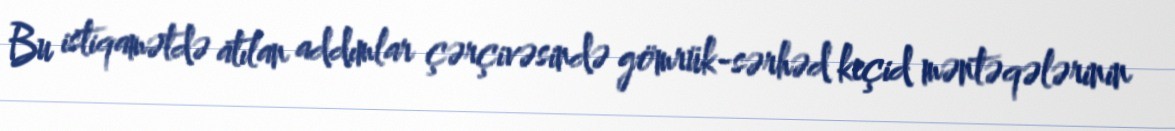
Bu istiqamətdə atılan addımlar çərçivəsində gömrük-sərhəd keçid məntəqələrinin